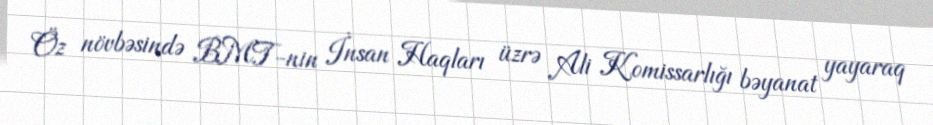
Öz növbəsində BMT-nin İnsan Haqları üzrə Ali Komissarlığı bəyanat yayaraq